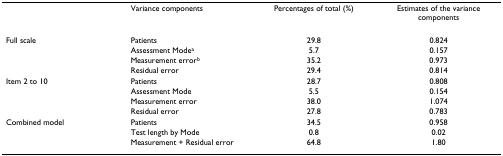
|  | Variance components | Percentages of total (%) | Estimates of the variance components |
 | --- | --- | --- | --- |
 | Full scale | Patients | 29.8 | 0.824 |
 |  | Assessment Modea | 5.7 | 0.157 |
 |  | Measurement errorb | 35.2 | 0.973 |
 |  | Residual error | 29.4 | 0.814 |
 | Item 2 to 10 | Patients | 28.7 | 0.808 |
 |  | Assessment Mode | 5.5 | 0.154 |
 |  | Measurement error | 38.0 | 1.074 |
 |  | Residual error | 27.8 | 0.783 |
 | Combined model | Patients | 34.5 | 0.958 |
 |  | Test length by Mode | 0.8 | 0.02 |
 |  | Measurement + Residual error | 64.8 | 1.80 |